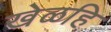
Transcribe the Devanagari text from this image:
खेळहि